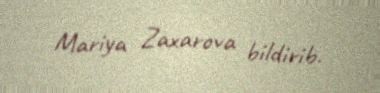
Mariya Zaxarova bildirib.